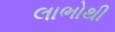
લાભોથી